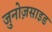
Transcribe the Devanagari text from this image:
जुनोज़साइड